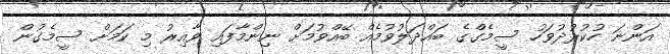
އަންނަ ހުކުރުދުވަހު ސީމެގްގެ ބައްދަލުވުމެއް ބޭއްވުމަށް ނިންމާފައި ވާއިރު މި ކަމަށް ސީމެގުން